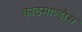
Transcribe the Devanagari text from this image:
काठमाण्डौंसे